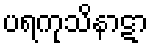
ပရကုသိနာဋာ